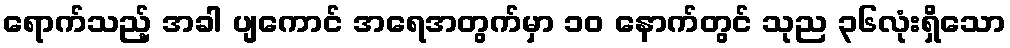
ရောက်သည့် အခါ ပျကောင် အရေအတွက်မှာ ၁၀ နောက်တွင် သုည ၃၆လုံးရှိသော